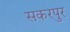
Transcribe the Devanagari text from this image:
सकरपुर